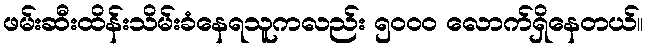
ဖမ်းဆီးထိန်းသိမ်းခံနေရသူကလည်း ၅၀၀၀ လောက်ရှိနေတယ်။